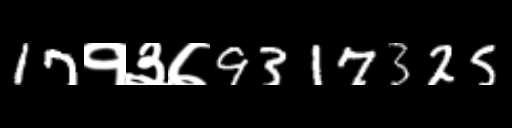
Text: 17१३७9317325